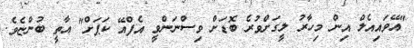
"އޭވައިއެލް އިން މިހާރު ލީގަށްވުރެ ބޮޑަށް ވިސްނަންވީ އެފްއޭ ކަޕަށް" އާތީ ބުންޏެވެ.